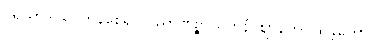
ပရိယာဒါယ၊ ကုန်စေ၍။ ဝိညာဏဉ္စာယတနံ၊ ဈာန်ကို။ သန္တတော၊